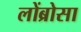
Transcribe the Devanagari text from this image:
लोंब्रोसा